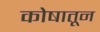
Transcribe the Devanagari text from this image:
कोषातून